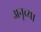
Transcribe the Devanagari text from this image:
अनूच्या